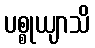
ပစ္စုယျာသိ